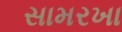
સામરખા